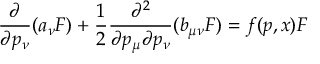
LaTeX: \frac { \partial } { \partial p _ { \nu } } ( a _ { \nu } { \cal F } ) + \frac { 1 } { 2 } \frac { \partial ^ { 2 } } { \partial p _ { \mu } \partial p _ { \nu } } ( b _ { \mu \nu } { \cal F } ) = f ( p , x ) { \cal F }